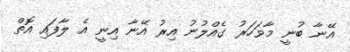
އޭނާ ބުނީ މާވަހަރު ގެއްލުނު އިރު އޭނާ އިނީ އެ ލާފައި އޮތް